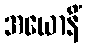
အယောနိံ